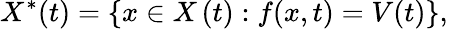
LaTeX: X^{\ast}(t)=\{ x\in X\left(t\right):f(x,t)=V(t)\} {\mathrm{,~}}